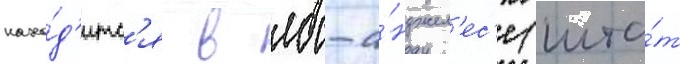
нахо́д'итс'я в лос-а́нджел'ес'е (шта́т